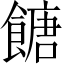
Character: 餹